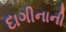
દાગીનાની